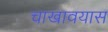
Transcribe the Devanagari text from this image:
चाखावयास